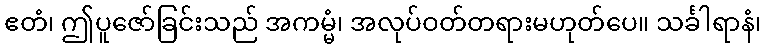
ဧတံ၊ ဤပူဇော်ခြင်းသည် အကမ္မံ၊ အလုပ်ဝတ်တရားမဟုတ်ပေ။ သင်္ခါရာနံ၊